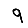
Digit: 9